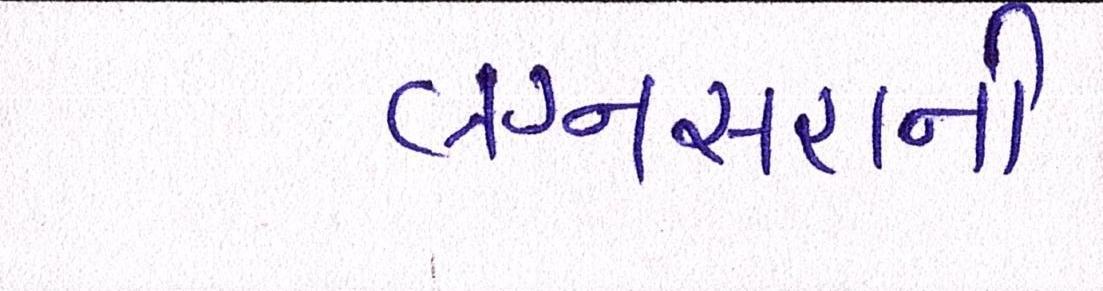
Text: લગ્નસરાની